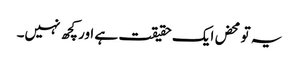
یہ تو محض ایک حقیقت ہے اور کچھ نہیں۔